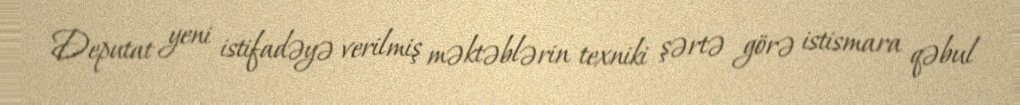
Deputat yeni istifadəyə verilmiş məktəblərin texniki şərtə görə istismara qəbul